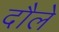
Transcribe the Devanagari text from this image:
दौले